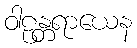
ဝါဠန္တရာယေန